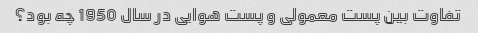
تفاوت بین پست معمولی و پست هوایی در سال 1950 چه بود؟